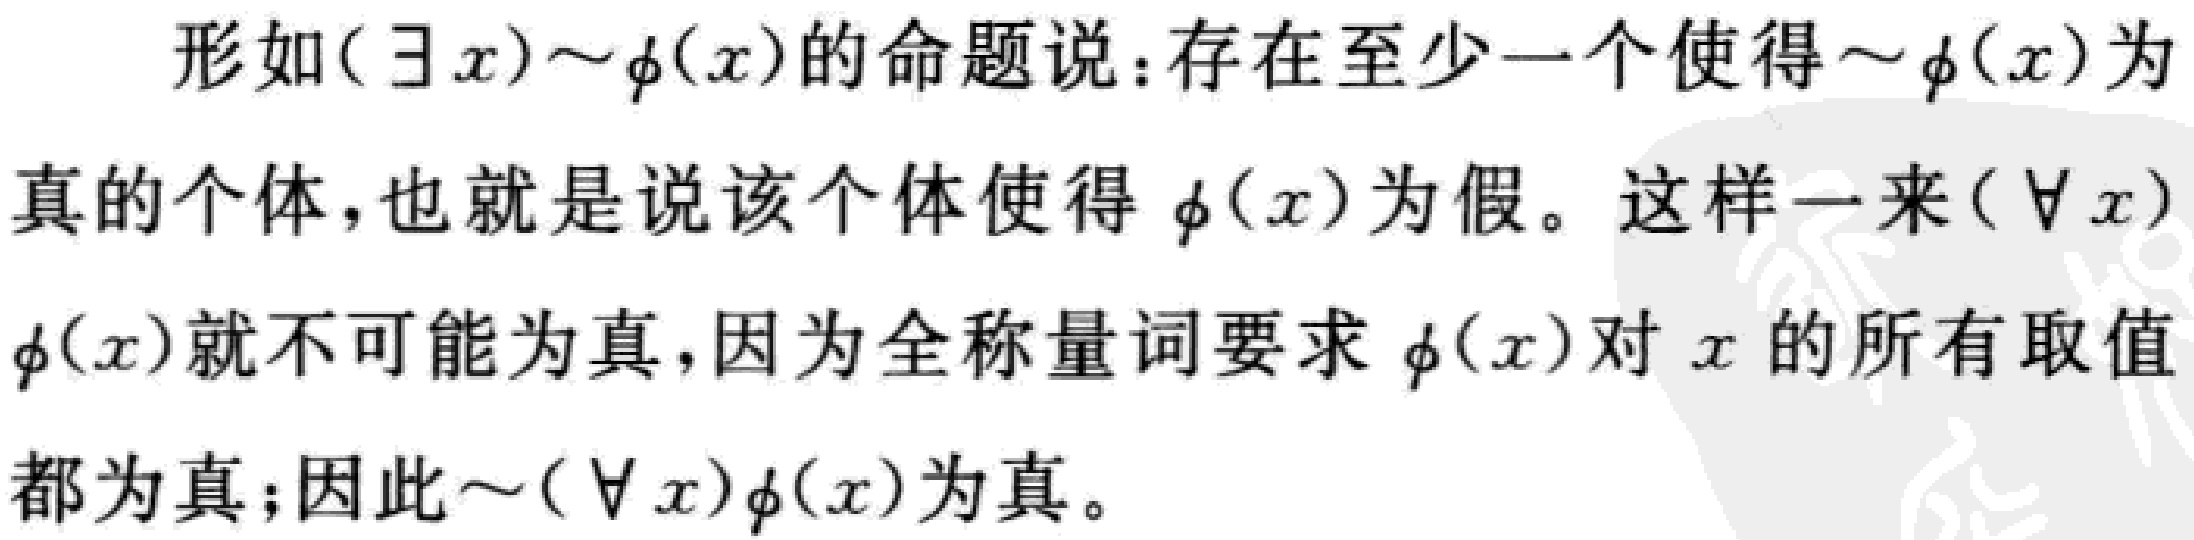
形如\((\exists x)\sim\phi(x)\)的命题说：存在至少一个使得\(\sim\phi(x)\)为真的个体，也就是说该个体使得\(\phi(x)\)为假。这样一来\((\forall x)\phi(x)\)就不可能为真，因为全称量词要求\(\phi(x)\)对\(x\)的所有取值都为真；因此\(\sim(\forall x)\phi(x)\)为真。